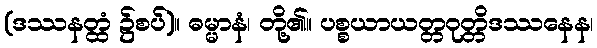
(ဒဿနတ္ထံ ၌စပ်)။ ဓမ္မာနံ၊ တို့၏။ ပစ္စယာယတ္တဝုတ္တိဒဿနေန၊